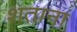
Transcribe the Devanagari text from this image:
शतानां